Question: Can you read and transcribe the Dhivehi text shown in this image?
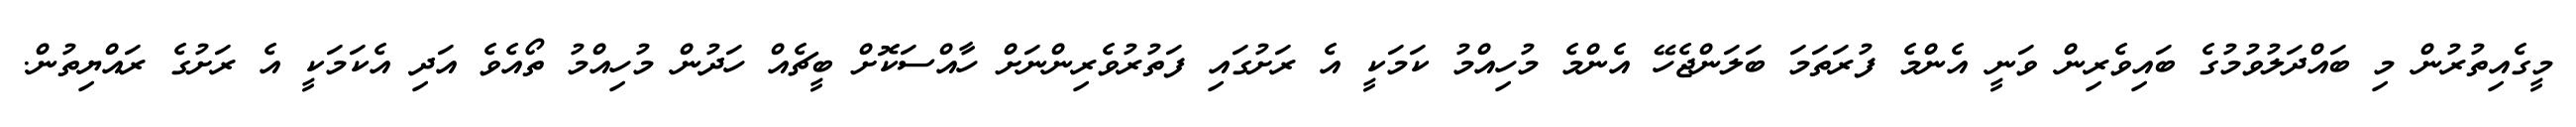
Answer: މީގެއިތުރުން މި ބައްދަލުވުމުގެ ބައިވެރިން ވަނީ އެންމެ ފުރަތަމަ ބަލަންޖެހޭ އެންމެ މުހިއްމު ކަމަކީ އެ ރަށުގައި ފަތުރުވެރިންނަށް ހާއްސަކޮށް ބީޗެއް ހަދުން މުހިއްމު ތޯއެވެ އަދި އެކަމަކީ އެ ރަށުގެ ރައްޔިތުން.